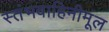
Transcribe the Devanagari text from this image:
स्तंभवाहिनीमूल